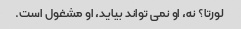
لورتا؟ نه، او نمی تواند بیاید، او مشغول است.